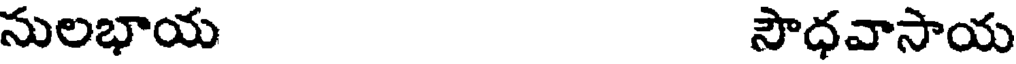
సులభాయ సౌధవాసాయ